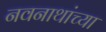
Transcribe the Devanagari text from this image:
नवनाथांच्या